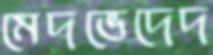
মেদভেদেদ